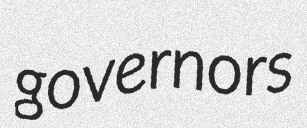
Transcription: governors